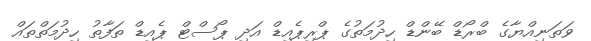
ވަތަނިއްޔާގެ ބްރޯޑް ބޭންޑް ހިދުމަތުގެ ޕްރިޕެއިޑް އަދި ޕޯސްޓް ޕެއިޑް ތަފާތު ހިދުމަތްތައް